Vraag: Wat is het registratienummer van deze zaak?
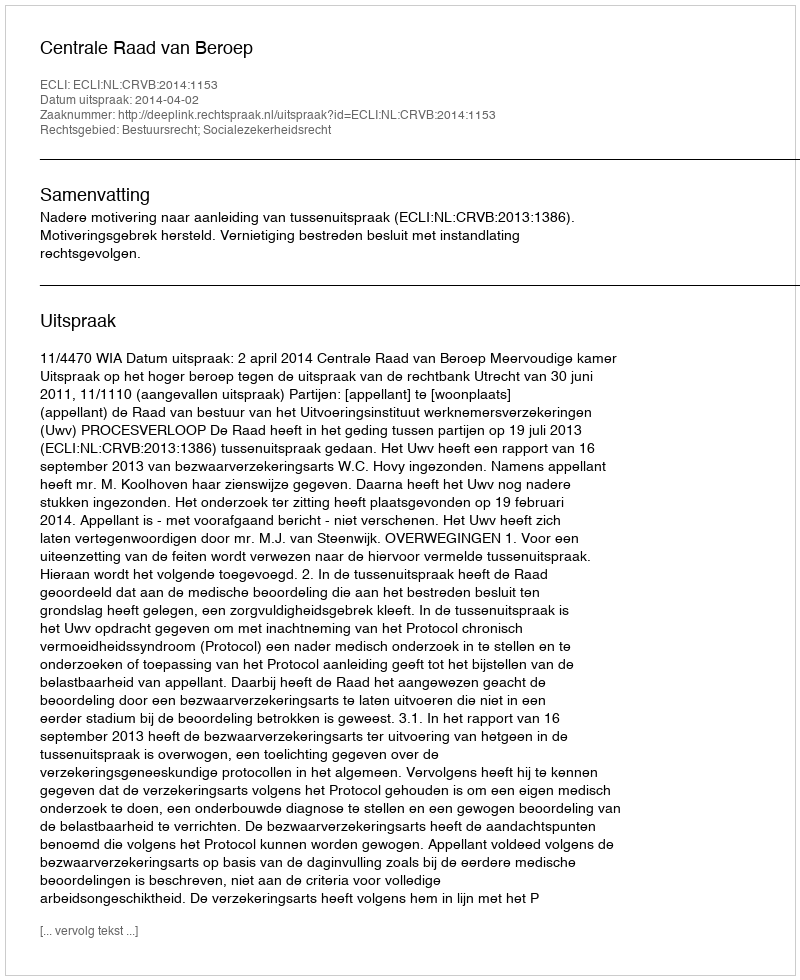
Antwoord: http://deeplink.rechtspraak.nl/uitspraak?id=ECLI:NL:CRVB:2014:1153